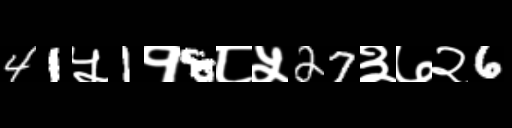
Text: 41५1१8८५27३७२6